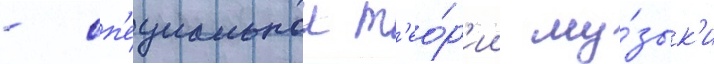
- сп'ециальнои т'ео́р'ии му́зык'и